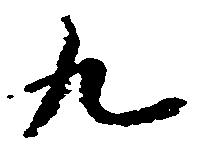
九